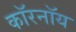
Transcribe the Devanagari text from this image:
कॉरनॉय